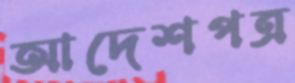
আদেশপত্র